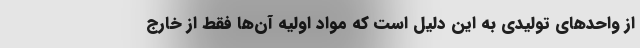
از واحد‌های تولیدی به این دلیل است که مواد اولیه آن‌ها فقط از خارج